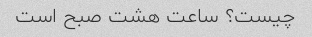
چیست؟ ساعت هشت صبح است